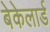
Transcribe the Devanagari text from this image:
बेकेलार्ड